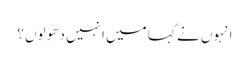
انہوں نے کہا میں انہیں دھو لوں؟